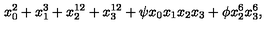
x _ { 0 } ^ { 2 } + x _ { 1 } ^ { 3 } + x _ { 2 } ^ { 1 2 } + x _ { 3 } ^ { 1 2 } + \psi x _ { 0 } x _ { 1 } x _ { 2 } x _ { 3 } + \phi x _ { 2 } ^ { 6 } x _ { 3 } ^ { 6 } ,